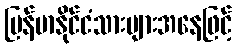
မြန်မာနိုင်ငံသားများအနေဖြင့်